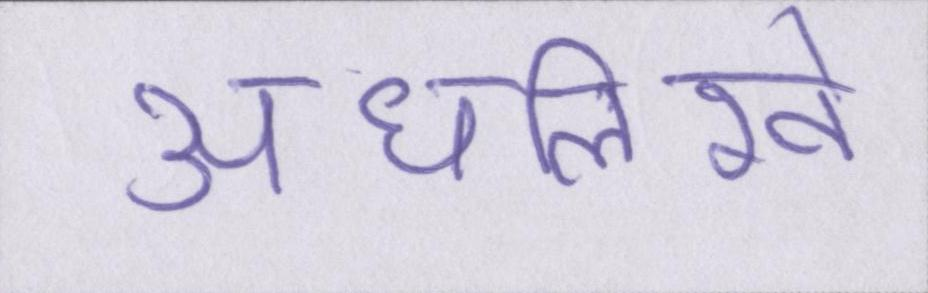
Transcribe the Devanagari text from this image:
अधलिखे